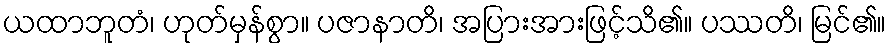
ယထာဘူတံ၊ ဟုတ်မှန်စွာ။ ပဇာနာတိ၊ အပြားအားဖြင့်သိ၏။ ပဿတိ၊ မြင်၏။